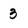
Character: 3